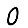
Digit: 0